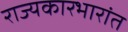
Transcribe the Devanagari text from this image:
राज्यकारभारांत